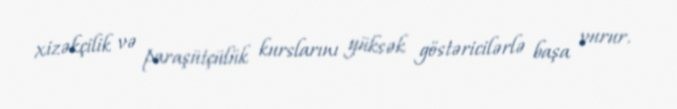
xizəkçilik və paraşütçülük kurslarını yüksək göstəricilərlə başa vurur.